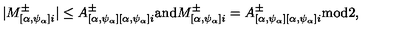
| M _ { [ \alpha , \psi _ { \alpha } ] i } ^ { \pm } | \leq A _ { [ \alpha , \psi _ { \alpha } ] [ \alpha , \psi _ { \alpha } ] i } ^ { \pm } \mathrm { a n d } M _ { [ \alpha , \psi _ { \alpha } ] i } ^ { \pm } = A _ { [ \alpha , \psi _ { \alpha } ] [ \alpha , \psi _ { \alpha } ] i } ^ { \pm } \mathrm { m o d } 2 ,